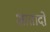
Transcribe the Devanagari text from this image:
आतादों